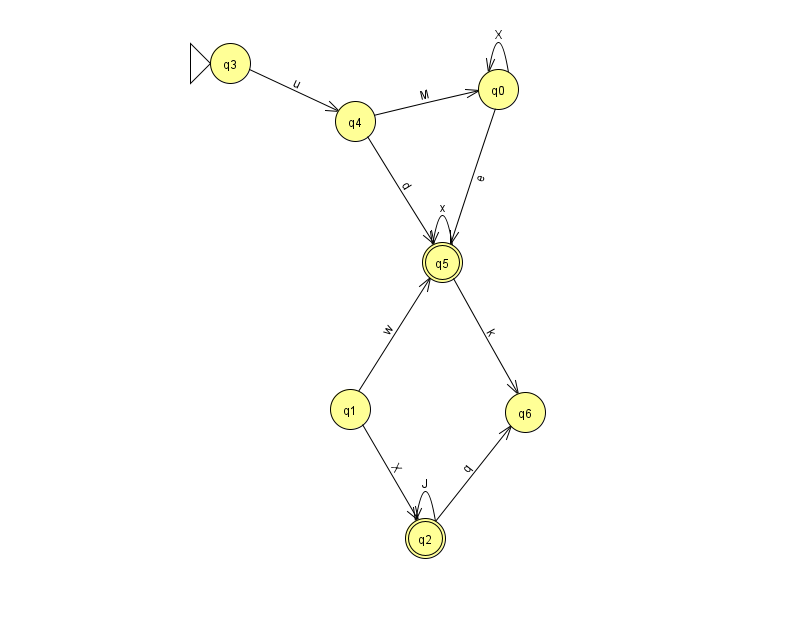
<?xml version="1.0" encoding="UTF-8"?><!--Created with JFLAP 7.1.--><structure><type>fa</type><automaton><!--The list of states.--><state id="0" name="q0"><x>498.0</x><y>76.0</y></state><state id="1" name="q1"><x>350.0</x><y>396.0</y></state><state id="2" name="q2"><x>425.0</x><y>525.0</y><final/></state><state id="3" name="q3"><x>230.0</x><y>50.0</y><initial/></state><state id="4" name="q4"><x>355.0</x><y>108.0</y></state><state id="5" name="q5"><x>442.0</x><y>249.0</y><final/></state><state id="6" name="q6"><x>525.0</x><y>399.0</y></state><!--The list of transitions.--><transition><from>1</from><to>2</to><read>X</read></transition><transition><from>5</from><to>6</to><read>k</read></transition><transition><from>0</from><to>5</to><read>e</read></transition><transition><from>3</from><to>4</to><read>u</read></transition><transition><from>1</from><to>5</to><read>w</read></transition><transition><from>4</from><to>0</to><read>M</read></transition><transition><from>2</from><to>6</to><read>q</read></transition><transition><from>0</from><to>0</to><read>X</read></transition><transition><from>5</from><to>5</to><read>x</read></transition><transition><from>2</from><to>2</to><read>J</read></transition><transition><from>4</from><to>5</to><read>d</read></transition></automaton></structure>